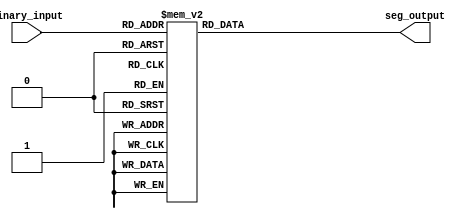
`timescale 1ns / 1ps
//////////////////////////////////////////////////////////////////////////////////
// Company: 
// Engineer: 
// 
// Design Name: 
// Module Name: binary_to_7seg
// Project Name: 
// Target Devices: 
// Tool Versions: 
// Description: 
// 
// Dependencies: 
// 
// Revision:
// Revision 0.01 - File Created
// Additional Comments:
// 
//////////////////////////////////////////////////////////////////////////////////


module binary_to_7seg(
    input [3:0] binary_input,
    output reg [6:0] seg_output
);

// 7-segment display patterns for numbers 0-9
// Each bit represents a segment (a-g), with 1 indicating segment ON and 0 indicating OFF
// Segments are labeled as follows:   a
//                                   -----
//                                f |     | b
//                                  |  g  |
//                                   -----
//                                e |     | c
//                                  |     |
//                                   -----
//                                     d

always @(*) begin
    case (binary_input)
        4'b0000: seg_output = 7'b1000000; // 0
        4'b0001: seg_output = 7'b1111001; // 1
        4'b0010: seg_output = 7'b0100100; // 2
        4'b0011: seg_output = 7'b0110000; // 3
        4'b0100: seg_output = 7'b0011001; // 4
        4'b0101: seg_output = 7'b0010010; // 5
        4'b0110: seg_output = 7'b0000010; // 6
        4'b0111: seg_output = 7'b1111000; // 7
        4'b1000: seg_output = 7'b0000000; // 8
        4'b1001: seg_output = 7'b0010000; // 9
        default: seg_output = 7'b1111111; // Blank (for invalid input)
    endcase
end

endmodule